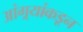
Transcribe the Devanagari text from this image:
आंग्र्‌यांकडून